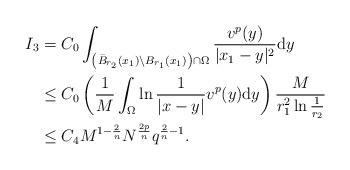
LaTeX: \begin{align*}I_3&=C_{0}\int_{\left(\bar B_{r_2}(x_1)\setminus B_{r_1}(x_1)\right)\cap\Omega}\frac{v^p (y)}{|x_1-y|^2} \mathrm{d}y\\&\leq C_{0}\left(\frac{1}{M}\int_\Omega \ln\frac{1}{|x-y|} v^p(y)\mathrm{d}y \right)\frac{M}{r_1^2 \ln \frac{1}{r_2}}\\&\leq C_4 M^{1-\frac{2}{n}}N^{\frac{2p}{n}}q^{\frac{2}{n}-1}.\end{align*}